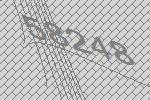
58248